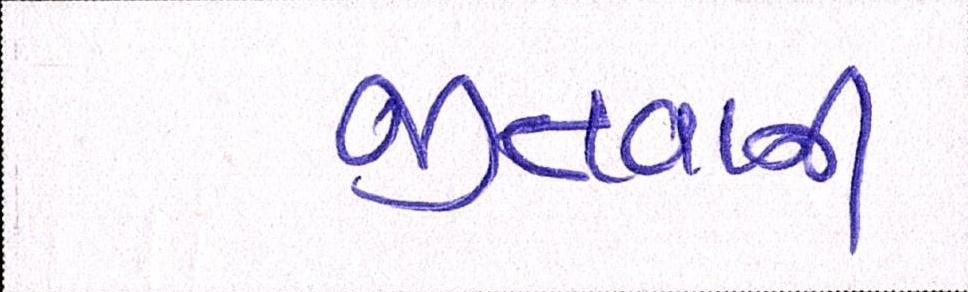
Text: જીતવાની